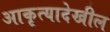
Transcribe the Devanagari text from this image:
आकृत्यादेखील